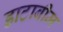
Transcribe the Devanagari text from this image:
डाटाबीम